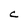
Character: C